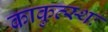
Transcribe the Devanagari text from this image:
काकुत्स्थः